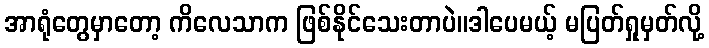
အာရုံတွေမှာတော့ ကိလေသာက ဖြစ်နိုင်သေးတာပဲ။ဒါပေမယ့် မပြတ်ရှုမှတ်လို့